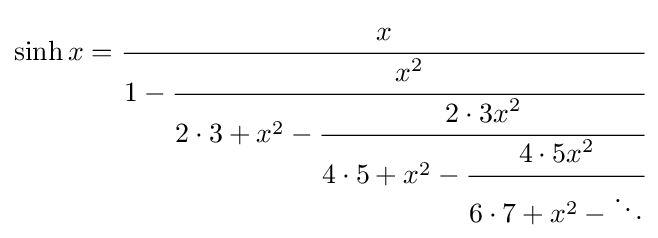
\sinh x={\cfrac {x}{1-{\cfrac {x^{2}}{2\cdot 3+x^{2}-{\cfrac {2\cdot 3x^{2}}{4\cdot 5+x^{2}-{\cfrac {4\cdot 5x^{2}}{6\cdot 7+x^{2}-\ddots }}}}}}}}